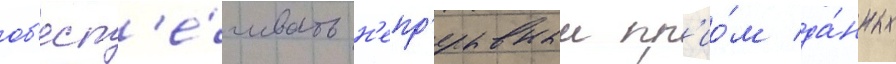
об'есп'е́чивать н'епр'ерывныи пр'ио́м да́нных